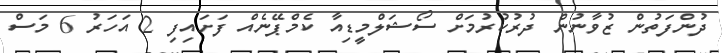
ދުންފަތުން ޒުވާނުން ދުރުކުރުމަށް ސޯޝަލްމީޑިއާ ކެމްޕޭނެއް ފަށައިފި 2 އަހަރު 6 މަސް